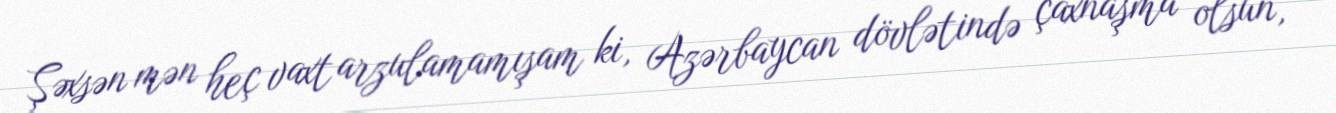
Şəxsən mən heç vaxt arzulamamışam ki, Azərbaycan dövlətində çaxnaşma olsun,